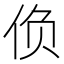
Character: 𰁾